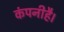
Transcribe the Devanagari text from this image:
कंपनीहै।